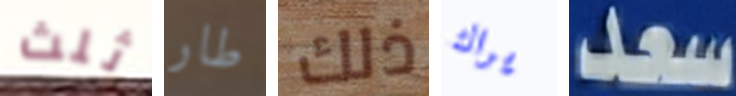
ثلث طار ذلك يراك سعد